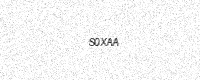
Text: S0XAA